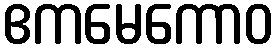
ဧကမေကောဝ